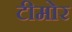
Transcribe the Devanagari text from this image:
टीमोर